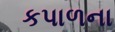
કપાળના